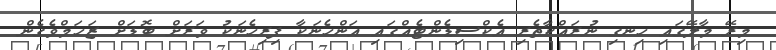
މިރޭ މާލޭގައި ހިނގި ނުރައްކާތެރި އެކްސިޑެންޓެއްގައި އަންހެނަކާ ފިރިހެނަކު ވަރަށް ބޮޑަށް ޒަހަމްވެގެން